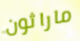
ماراثون